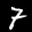
Label: 7